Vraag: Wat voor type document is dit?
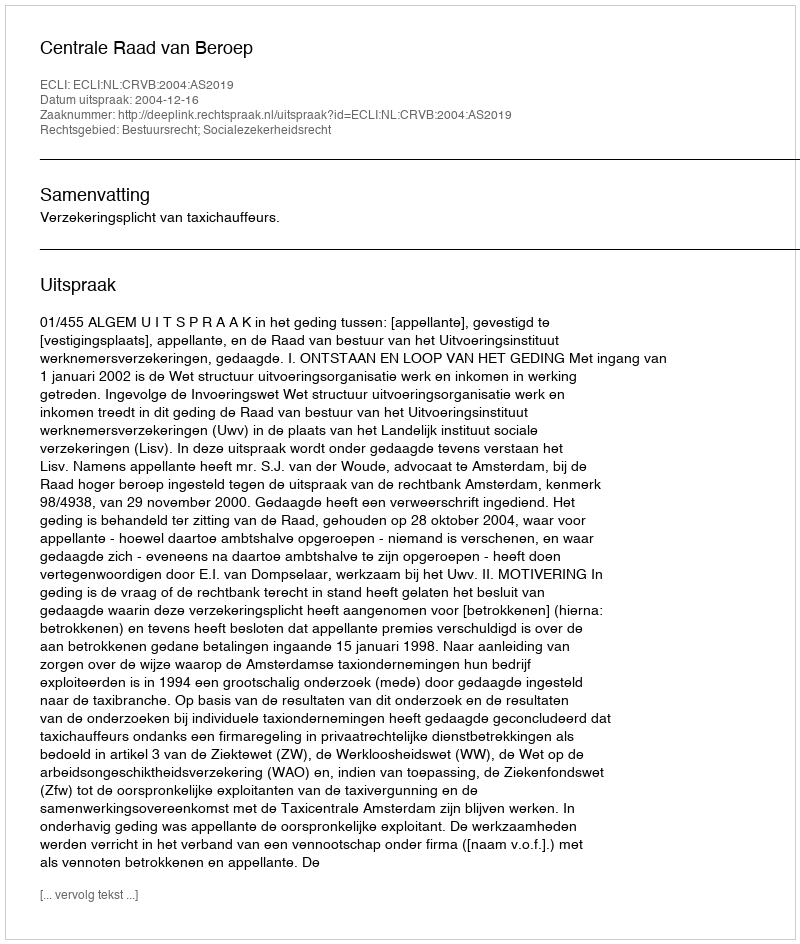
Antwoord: Uitspraak